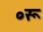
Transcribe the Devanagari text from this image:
०रू